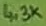
Text: 4,3K